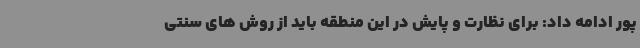
پور ادامه داد: برای نظارت و پایش در این منطقه باید از روش های سنتی